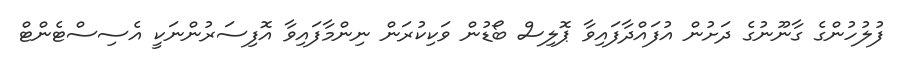
ފުލުހުންގެ ގާނޫނުގެ ދަށުން އުފައްދާފައިވާ ޕޮލިސް ބޯޑުން ވަކިކުރަން ނިންމާފައިވާ އޮފިސަރުންނަކީ އެސިސްޓެންޓް